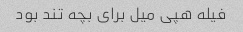
فیله هپی میل برای بچه تند بود